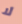
لا